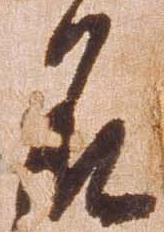
名